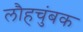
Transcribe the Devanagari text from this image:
लौहचुंबक